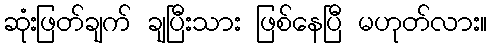
ဆုံးဖြတ်ချက် ချပြီးသား ဖြစ်နေပြီ မဟုတ်လား။